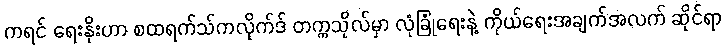
ကရင် ရေးနိုးဟာ စထရက်သ်ကလိုက်ဒ် တက္ကသိုလ်မှာ လုံခြုံရေးနဲ့ ကိုယ်ရေးအချက်အလက် ဆိုင်ရာ